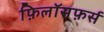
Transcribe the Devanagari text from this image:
फ़िलॉसफ़र्स